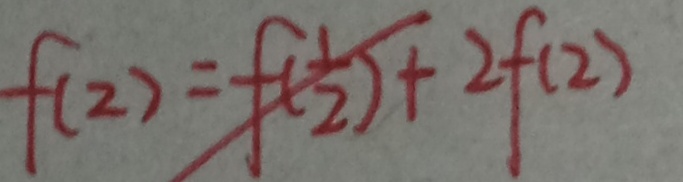
f ( 2 ) = f ( \frac { 1 } { 2 } ) + 2 f ( 2 )